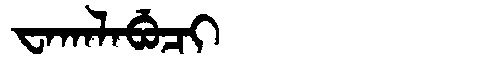
Manchu: ᠸᠠᡴᠠᠯᠠᠪᡠᠴᡳ
Romanization: WAKALABUCI